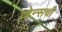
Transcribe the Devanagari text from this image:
व्हेन्सची